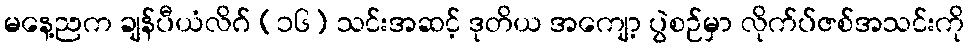
မနေ့ညက ချန်ပီယံလိဂ် (၁၆) သင်းအဆင့် ဒုတိယ အကျော့ ပွဲစဉ်မှာ လိုက်ပ်ဇစ်အသင်းကို